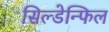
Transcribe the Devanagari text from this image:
सिल्डेन्फिल